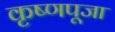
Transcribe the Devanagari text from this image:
कृष्‍णपूजा